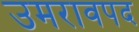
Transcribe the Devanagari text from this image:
उमरावपद